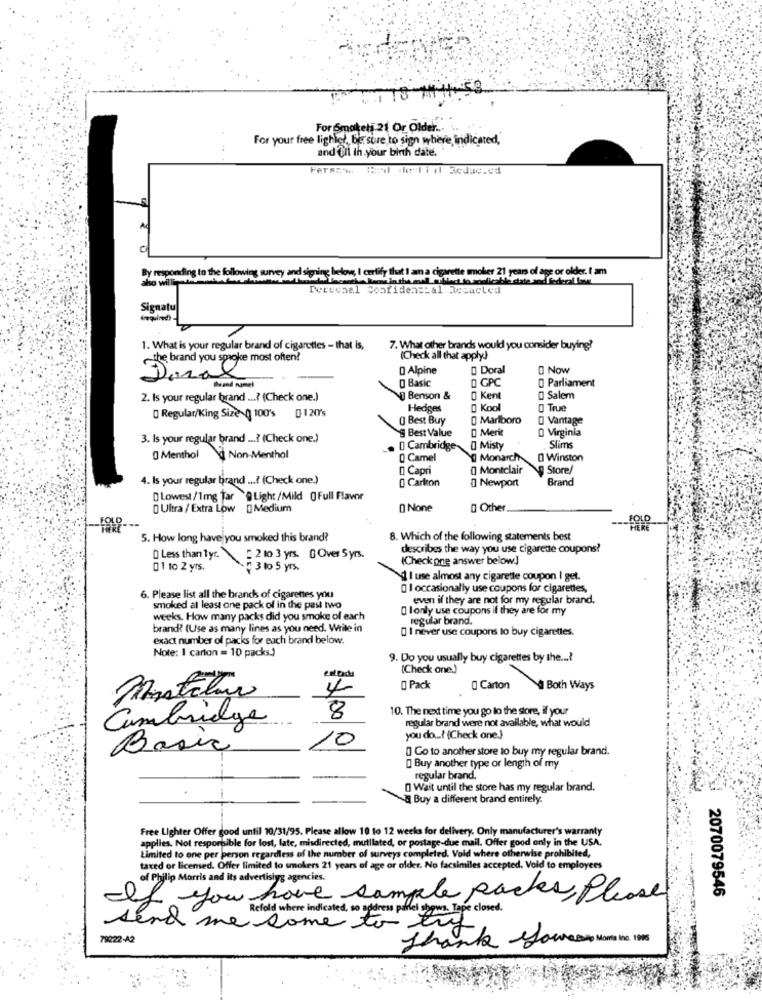
For Smakels.21 Or Older ... ..
For your free lighlet, BE sure to sign where indicated,"
and (Il In your birth date.
Ad
By responding to the following survey and signing below, I certify that I am a cigarette smoker 21 years of age or older. I am
Personal Confidencial Resacted
Signatul
Arequired) -
1. What is your regular brand of cigarettes - that is,
7. What other brands would you consider buying?
the brand you spoke most often!
(Check all that apply}
0 Alpine
0 Doral
0 Now
O Basic
D GPC
O Parliament
2. Is your regular brand ...? (Check one.)
Benson &
0 Kent
0 Salem
Hedges
0 Kool
O True
Regular/King Size 0 100's 0120's
O Best Buy
0 Marlboro
O Vantage
Merit
O Virginia
3. Is your regular brand ...? (Check one.)
§ Best Value
D Cambridge
0 Misty
Slims
0 Menthol
a Non-Menthol
0 Camel
Monarch
0 Winston
D Capri
0] Montclair
Store/
4. Is your regular brand ...? (Check one.)
0 Carlton
0 Newport
Brand
D Lowest/1mg Tar @ Light /Mild ( Full Flavor
D Ultra / Extra Low [Medium
0 None
0 Other
5. How long have you smoked this brand?
8. Which of the following statements best
describes the way you use cigarette coupons?
D Less than tyr. 2 to 3 yrs. 0 Over 5 yrs.
(Check one answer below.]
01 to 2 yrs.
3 to 5 yrs.
I use almost any cigarette coupon I get.
I occasionally use coupons for cigarettes,
6. Please list all the brands of cigarettes you
even if they are not for my regular brand.
smoked at least one pack of in the past two
O lonly use coupons if they are for my
weeks. How many packs did you smoke of each
regular brand.
brand? (Use as many lines as you need. While in
I never use coupons to buy cigarettes.
exact number of packs for each brand below.
Note: 1 carton = 10 packs.)
9. Do you usually buy cigarettes by the ...?
(Check one.)
4
0 Pack
Carton
Both Ways
8
10. The next time you go lo the store, if your
Cambridge
regular brand were not available, what would
10
you do ...? (Check one.)
Basic
0 Go to another store to buy my regular brand.
[ Buy another type or length of my
regular brand.
O Wait until the store has my regular brand.
Buy a different brand entirely.
Free Lighter Offer good until 10/31/95. Please allow 10 to 12 weeks for delivery. Only manufacturer's warranty
applies. Not responsible for lost, late, misdirected, mutilated, or postage-due mail. Offer good only in the USA.
Limited to one per person regardless of the number of surveys completed. Void where otherwise prohibited,
taxed or licensed. Offer limited to smokers 21 years of age or older. No facsimiles accepted. Void to employees
of Philip Morris and its advertislyg agencies.
2070079546
If you have sample packes, please
Refold where indicated , so address panel gygws . Tape closed .
send me some to the
79222-A2
Thank youread More In. 100